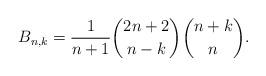
LaTeX: \begin{align*} B_{n,k} = \frac{1}{n+1} \binom{2n+2}{n-k} \binom{n+k}{n}. \end{align*}